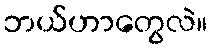
ဘယ်ဟာတွေလဲ။